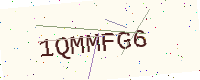
Text: 1QMMFG6